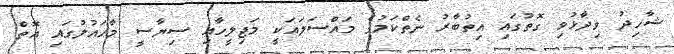
ޝާހިދު ވިދާޅުވި ގޮތުގައި އިތުބާރު ނެތްކަމުގެ މައްސަލައަކީ މަޖިލީހާއި ސިޔާސީ މާހައުލުގައި އޮތް